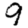
Digit: 9